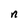
Character: n